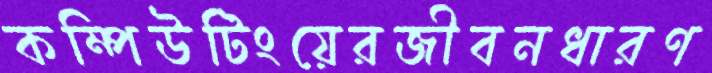
কম্পিউটিংয়েরজীবনধারণ